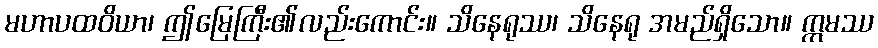
မဟာပထဝိယာ၊ ဤမြေကြီး၏လည်းကောင်း။ သိနေရုဿ၊ သိနေရု အမည်ရှိသော။ ဣမဿ